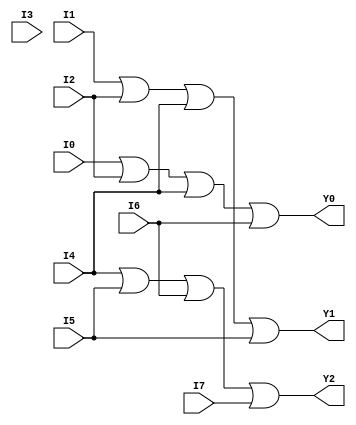
module encoder_8to3(I0, I1, I2, I3, I4, I5, I6, I7, Y0, Y1, Y2);
input I0, I1, I2, I3, I4, I5, I6, I7;
output Y0, Y1, Y2;
or o1(Y0, I0, I2, I4, I6);
or o2(Y1, I1, I2, I4, I5);
or o3(Y2, I4, I5, I6, I7);
endmodule

module encoder_8to3_tb;
reg i0, i1, i2, i3, i4, i5, i6, i7;
wire y0, y1, y2;
encoder_8to3 e1(i0, i1, i2, i3, i4, i5, i6, i7, y0, y1, y2);
initial
begin
    i7=1'b0; i6=1'b0; i5=1'b0; i4=1'b0; i3=1'b0; i2=1'b0; i1=1'b0; i0=1'b1;
    $monitor("Time=%0t, I0=%b, I1=%b, I2=%b, I3=%b, I4=%b, I5=%b, I6=%b, I7=%b, Y0=%b, Y1=%b, Y2=%b", $time, i0, i1, i2, i3, i4, i5, i6, i7, y0, y1, y2);
    #5 i7=1'b0; i6=1'b0; i5=1'b0; i4=1'b1; i3=1'b0; i2=1'b0; i1=1'b0; i0=1'b0;
    #5 i7=1'b0; i6=1'b0; i5=1'b0; i4=1'b0; i3=1'b0; i2=1'b0; i1=1'b0; i0=1'b1;
    #5 i7=1'b0; i6=1'b0; i5=1'b0; i4=1'b0; i3=1'b1; i2=1'b0; i1=1'b0; i0=1'b0;
end
endmodule